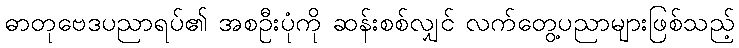
ဓာတုဗေဒပညာရပ်၏ အစဦးပုံကို ဆန်းစစ်လျှင် လက်တွေ့ပညာများဖြစ်သည့်